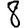
Digit: 8